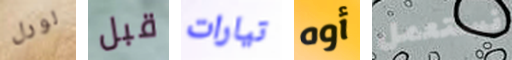
لورل قبل تيارات أوه نستعمل